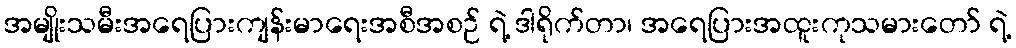
အမျိုးသမီးအရေပြားကျန်းမာရေးအစီအစဉ် ရဲ့ ဒါရိုက်တာ၊ အရေပြားအထူးကုသမားတော် ရဲ့